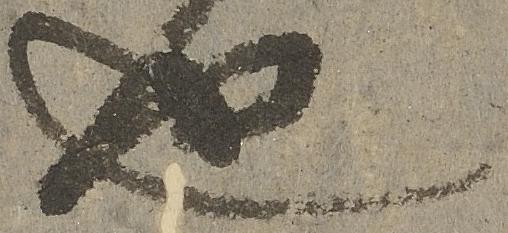
也